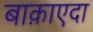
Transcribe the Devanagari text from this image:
बाक़ाएदा